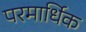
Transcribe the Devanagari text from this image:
परमार्धिक